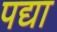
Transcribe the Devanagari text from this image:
पद्या